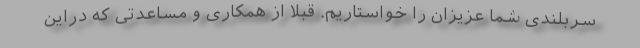
سربلندی شما عزیزان را خواستاریم. قبلا از همکاری و مساعدتی که دراین